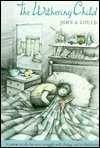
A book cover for The Withering Child; John A. Gould; Health, Fitness & Dieting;